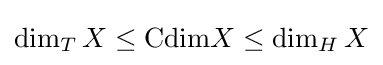
\dim _{T}X\leq \mathrm {Cdim} X\leq \dim _{H}X